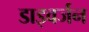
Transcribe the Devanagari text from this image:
डाइवर्जन